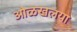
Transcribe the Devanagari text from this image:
ओळखलया